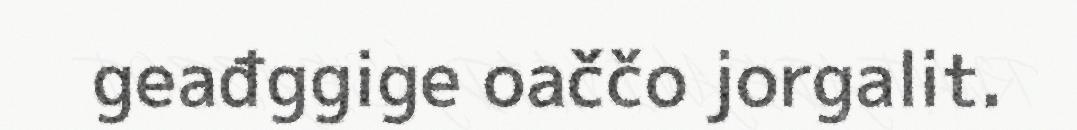
geađggige oaččo jorgalit.